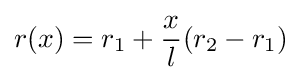
r(x)=r_{1}+{\frac {x}{l}}(r_{2}-r_{1})